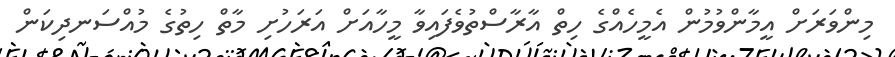
މިންވަރަށް އީމާންވުމުން އެމީހެއްގެ ހިތް އާރާސްތުވެފައިވާ މީހާއަށް އަރަހުށި މާތް ހިތުގެ މުއްސަނދިކަން